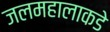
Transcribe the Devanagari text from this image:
जलमहालाकडे